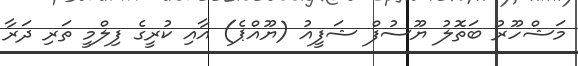
މަޝްހޫރު ބަތޮލު ޔޫސުފް ޝަފީއު (ޔޫއްޕެ) އާއި ކުރީގެ ފިލްމީ ތަރި ދަރާ